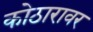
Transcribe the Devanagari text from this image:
कोठारावर